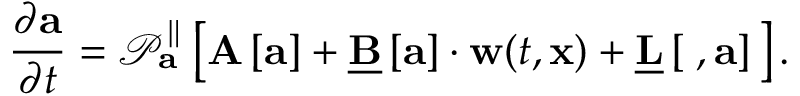
\frac { \partial \mathbf { a } } { \partial t } = \mathcal { P } _ { \mathbf { a } } ^ { \parallel } \left[ \mathbf { A } \left[ \mathbf { a } \right] + \underline { { \mathbf { B } } } \left[ \mathbf { a } \right] \cdot \mathbf { w } ( t , \mathbf { x } ) + \underline { { \mathbf { L } } } \left[ \mathbf { \nabla } , \mathbf { a } \right] \, \right] .